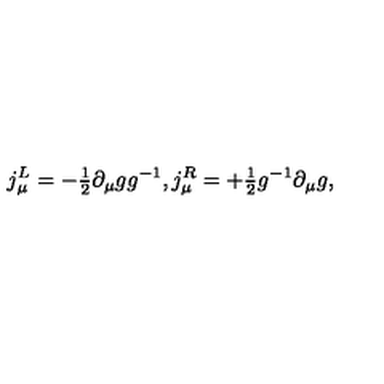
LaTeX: j _ { \mu } ^ { L } = - { \textstyle { \frac { 1 } { 2 } } } \partial _ { \mu } g g ^ { - 1 } , j _ { \mu } ^ { R } = + { \textstyle { \frac { 1 } { 2 } } } g ^ { - 1 } \partial _ { \mu } g ,